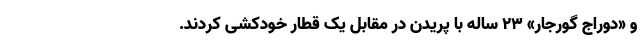
و «دِوراج گورجار» ۲۳ ساله با پریدن در مقابل یک قطار خودکشی کردند.